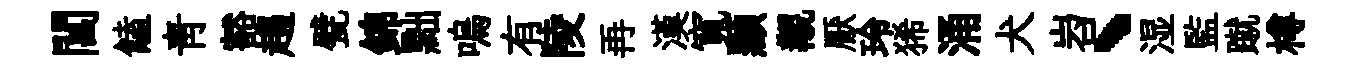
閶饁靑豁趨甓錦黜嗚有陵再漢寬顯覯厭玲狶涌犬岧、湿監蹴樽